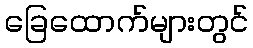
ခြေထောက်များတွင်